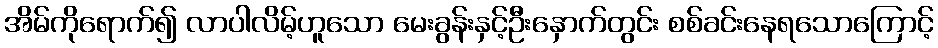
အိမ်ကိုရောက်၍ လာပါလိမ့်ဟူသော မေးခွန်းနှင့်ဦးနှောက်တွင်း စစ်ခင်းနေရသောကြောင့်